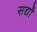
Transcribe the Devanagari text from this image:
सर्द्यों